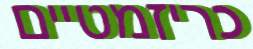
כריזמטיים